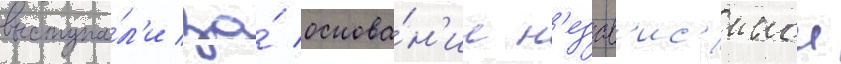
выступа́л'и за́ основа́н'ие н'езав'ис'имои